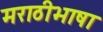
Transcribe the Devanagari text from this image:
मराठीभाषा